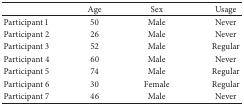
|  | Age | Sex | Usage |
 | --- | --- | --- | --- |
 | Participant 1 | 50 | Male | Never |
 | Participant 2 | 26 | Male | Never |
 | Participant 3 | 52 | Male | Regular |
 | Participant 4 | 60 | Male | Never |
 | Participant 5 | 74 | Male | Regular |
 | Participant 6 | 30 | Female | Regular |
 | Participant 7 | 46 | Male | Never |